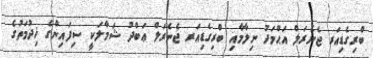
ބްރިގެޑިއަރ ޖެނެރަލް އަޙްމަދު ނިލާމާއި ބްރިގެޑިއަރ ޖެނެރަލް ޢަބްދު ޝަމާލަކީ ސިފައިންގެ ޚިދުމަތުގެ